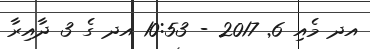
އދ މެއި 6